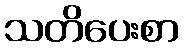
သတိပေးစာ